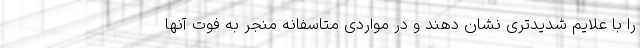
را با علایم شدیدتری نشان دهند و در مواردی متاسفانه منجر به فوت آنها